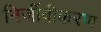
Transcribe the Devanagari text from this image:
निर्जीवीकरण